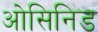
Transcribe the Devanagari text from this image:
ओसिनिड